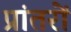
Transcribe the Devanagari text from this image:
प्रांतरों